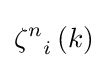
{{\zeta }^{n}}_{i}\left(k\right)